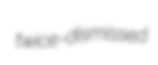
twice-dismissed